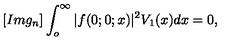
[ I m g _ { n } ] \int _ { o } ^ { \infty } | f ( 0 ; 0 ; x ) | ^ { 2 } V _ { 1 } ( x ) d x = 0 ,